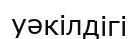
уәкілдігі